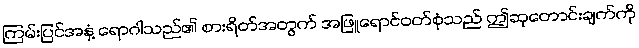
ကြမ်းပြင်အနှံ့ ရောဂါသည်၏ စားရိတ်အတွက် အဖြူရောင်ဝတ်စုံသည် ဤဆုတောင်းချက်ကို